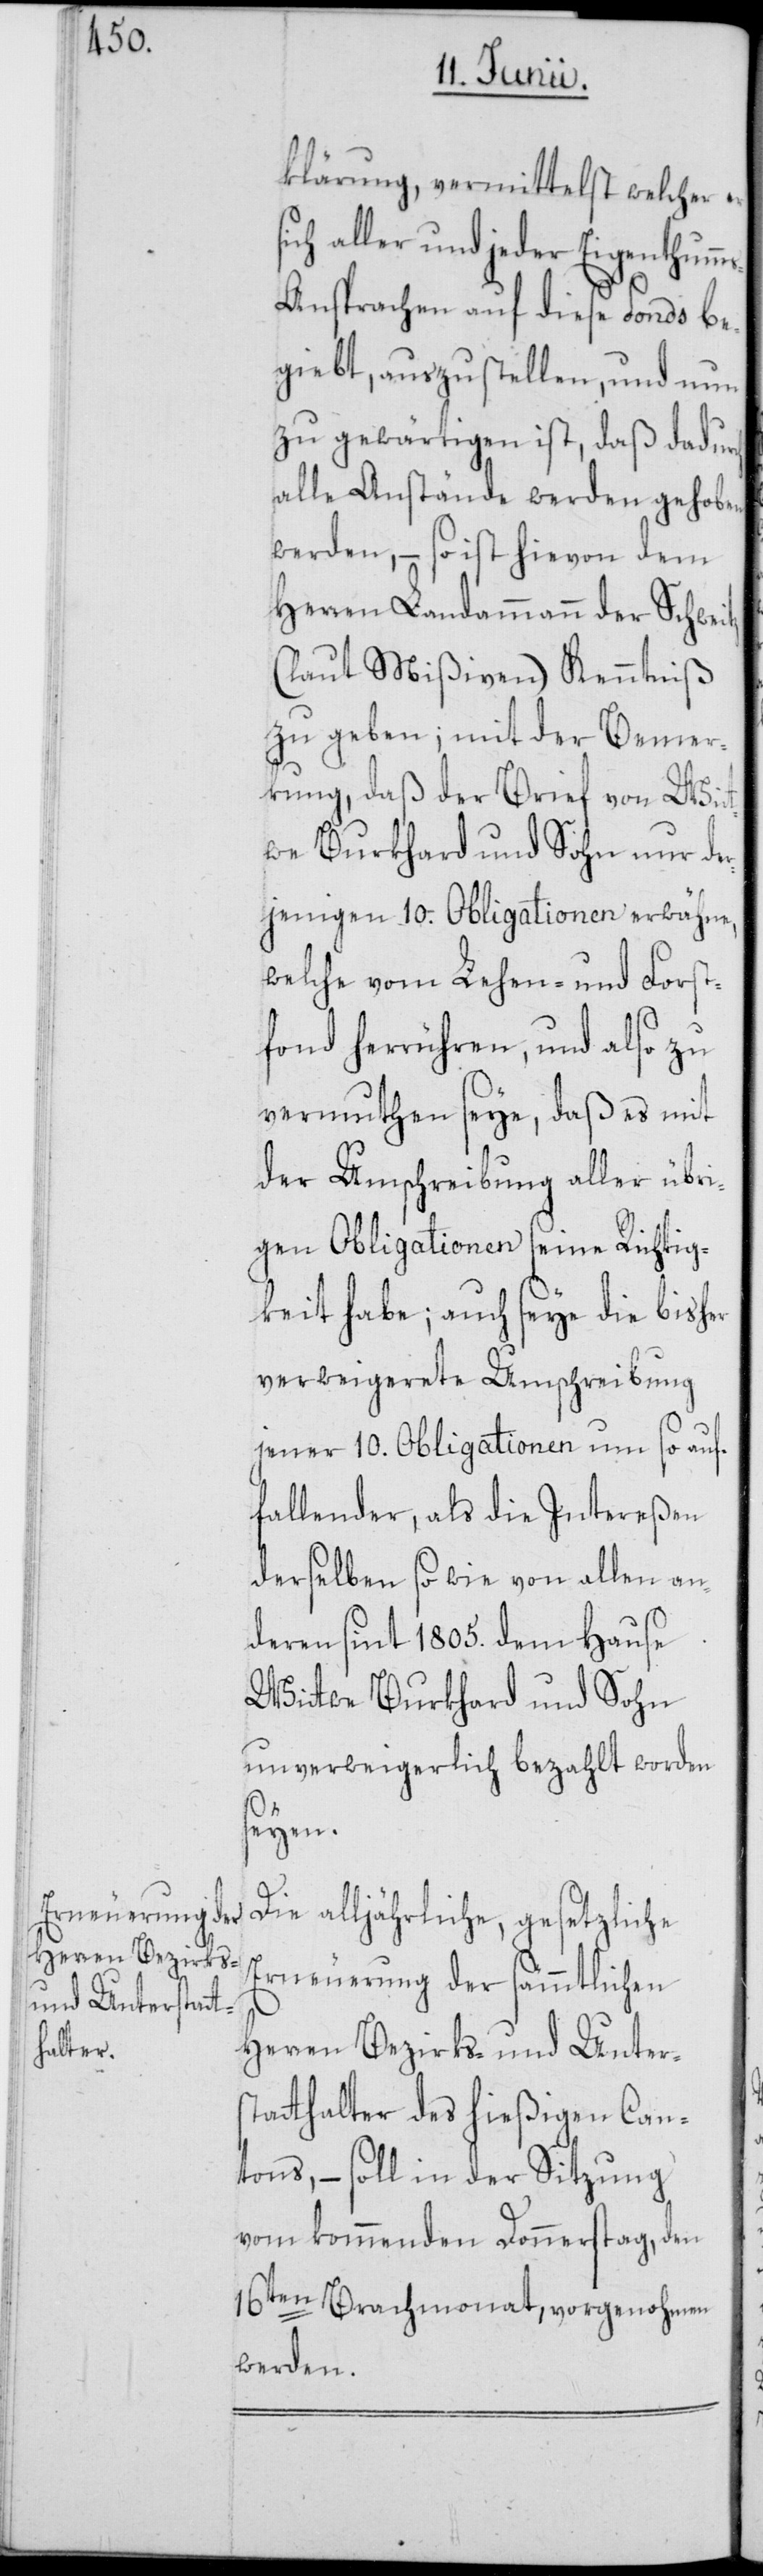
klärung, vermittelst welcher er
aller und jeder Eigenthumm¬
s-Ansprachen auf diese Fonds be¬
giebt, auszustellen, und nun
zu gewärtigen ist, daß dadurch
alle Anstände werden gehoben
werden, – so ist hievon dem
Herren Landammann der Schweitz
(laut Mißiven) Kenntniß
zu geben; mit der Bemer¬
kung, daß der Brief von Wit¬
twe Burkhard und Sohn nur der¬
jenigen 10. Obligationen erwähne,
welche vom Lehen- und Forst¬
fond herrühren, und also zu
vermuten seye, daß es mit
der Umschreibung aller übri¬
gen Obligationen seine Richtig¬
keit habe; auch seye die bisher
verweigerete Umschreibung
jener 10. Obligationen um so auf¬
fallender, als die Intereßen
derselben so wie von allen an¬
deren sint 1805. dem Hause
Wittwe Burkhard und Sohn
unverweigerlich bezahlt worden
seyen.
Die alljährliche, gesetzliche
Erneuerung der sämmtlichen
Herren Bezirks- und Unters¬
tatthalter des hießigen Can¬
tons, – soll in der Sitzung
vom kommenden Donnerstag, den
16ten Brachmonat, vorgenohmen
werden.